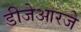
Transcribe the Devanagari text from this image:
डीजेआरजे